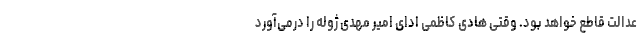
عدالت قاطع خواهد بود. وقتی هادی کاظمی ادای امیر مهدی ژوله را درمی‌آورد